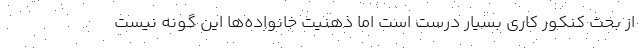
از بحث کنکور کاری بسیار درست است اما ذهنیت خانواده‌ها این گونه نیست